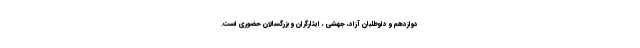
دوازدهم و داوطلبان آزاد، جهشی ، ایثارگران و بزرگسالان حضوری است.